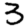
Digit: 3